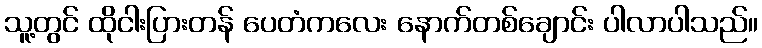
သူ့တွင် ထိုငါးပြားတန် ပေတံကလေး နောက်တစ်ချောင်း ပါလာပါသည်။